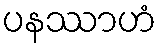
ပနဿာဟံ